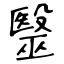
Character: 毉